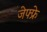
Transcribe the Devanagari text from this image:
जेफ्फ्रे